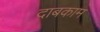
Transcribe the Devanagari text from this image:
दाबकाम